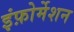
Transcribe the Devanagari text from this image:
इंफ़ोर्मेशन